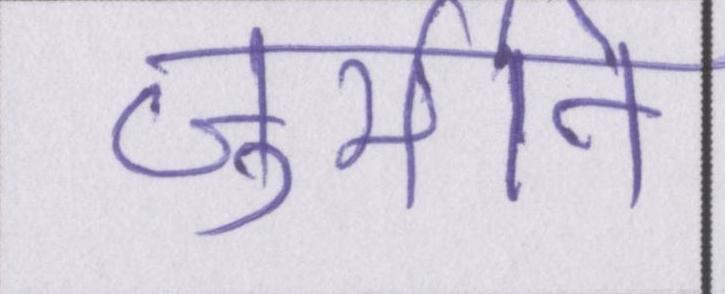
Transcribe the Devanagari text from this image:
जुर्माने